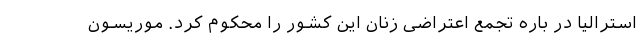
استرالیا در باره تجمع اعتراضی زنان این کشور را محکوم کرد. موریسون